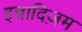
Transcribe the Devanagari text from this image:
इबादिज़म